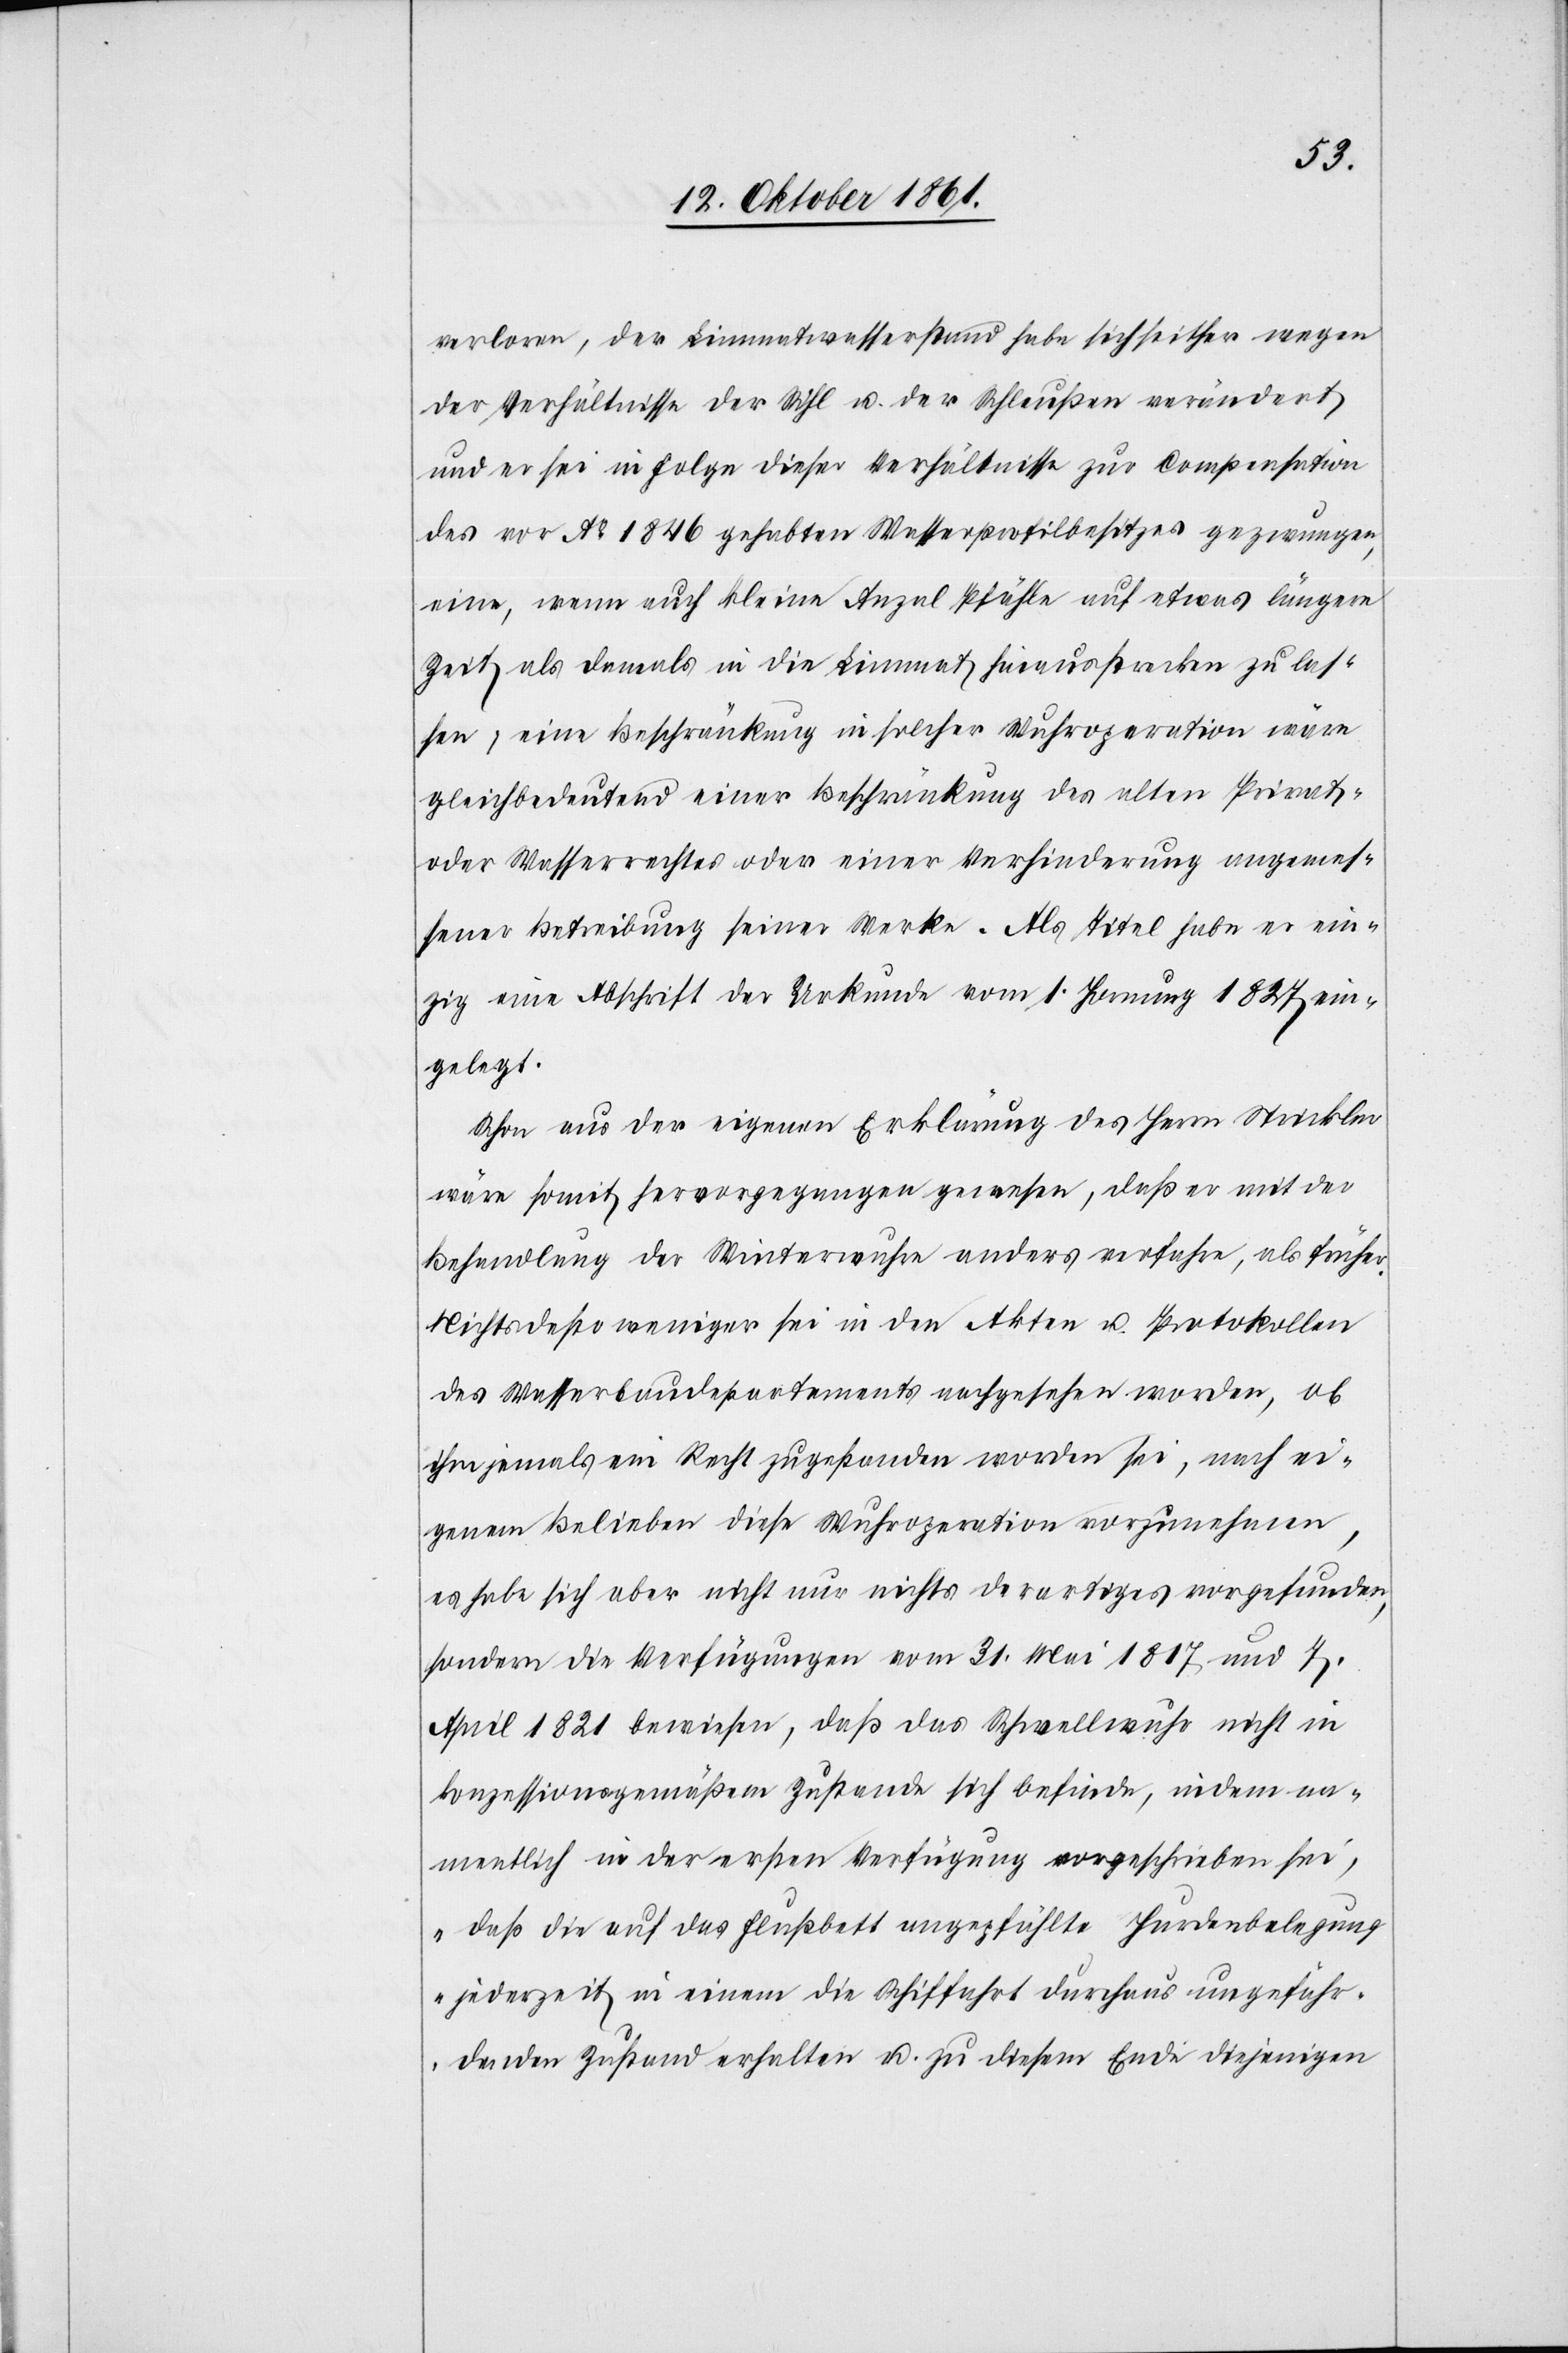
verloren, der Limmatwasserstau habe sich seither wegen
der Verhältnisse der Sihl u. der Schleußen verändert
und er sei in Folge dieser Verhältnisse zur Compensation
des vor Ao. 1846 gehabten Wasserprofilbesitzes gezwungen,
eine, wenn auch kleine Anzal Pfähle auf etwas längere
Zeit als damals in die Limmat hinausstrecken zu las¬
sen, eine Beschränkung in solcher Wuhroperation wäre
gleichbedeutend einer Beschränkung des alten Privat-
oder Wasserrechtes oder einer Verhinderung angemes¬
sener Betreibung seiner Werke. Als Titel habe er ein¬
zig eine Abschrift der Urkunde vom 1 Hornung 1827 ein¬
gelegt.
Schon aus der eigenen Erklärung des Herrn Strickler
wäre somit hervorgegangen gewesen, daß er mit der
Behandlung der Winterwuhre anders verfahre, als früher.
Nichtsdesto weniger sei in den Akten u. Protokollen
des Wasserbaudepartements nachgesehen worden, ob
ihm jemals ein Recht zugestanden worden sei, nach ei¬
genem Belieben diese Wuhroperation vorzunehmen,
u. habe sich aber nicht nur nichts derartiges vorgefunden,
sondern die Verfügungen vom 31 Mai 1817 und 7
April 1821 bewiesen, daß das Schwellwuhr nicht in
Konzessionsgemäßem Zustande sich befinde, indem na¬
mentlich in der ersten Verfügung vorgeschrieben sei,
„daß die auf das Flußbett ungepfählte Hurdenbelegung
jederzeit in einem die Schiffahrt durchaus ungefähr¬
denden Zustand erhalten u. zu diesem Ende diejenigen